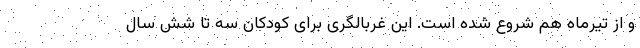
و از تیرماه هم شروع شده است. این غربالگری برای کودکان سه تا شش سال